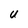
Character: U